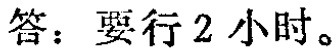
答：要行 2 小时。